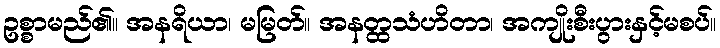
ဥစ္စာမည်၏။ အနရိယာ၊ မမြတ်။ အနတ္ထသံဟိတာ၊ အကျိုးစီးပွားနှင့်မစပ်။